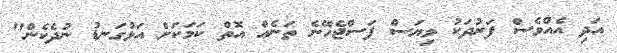
އަދި އެއްވެސް ފަރުދަކު ވިޔަސް ފަސްޖެހޭނެ ތަނެއް އޮތް ކަމަކަށް އަޅުގަނޑު ނުދެކެން"